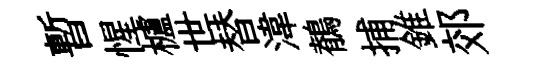
暫惺櫨世替湋鶺捕錐郊